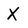
Character: X